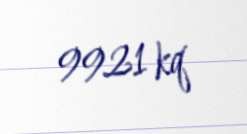
9921 kq